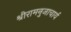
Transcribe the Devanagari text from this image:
श्रीरामनुजाचार्य